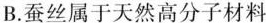
B.蚕丝属于天然高分子材料